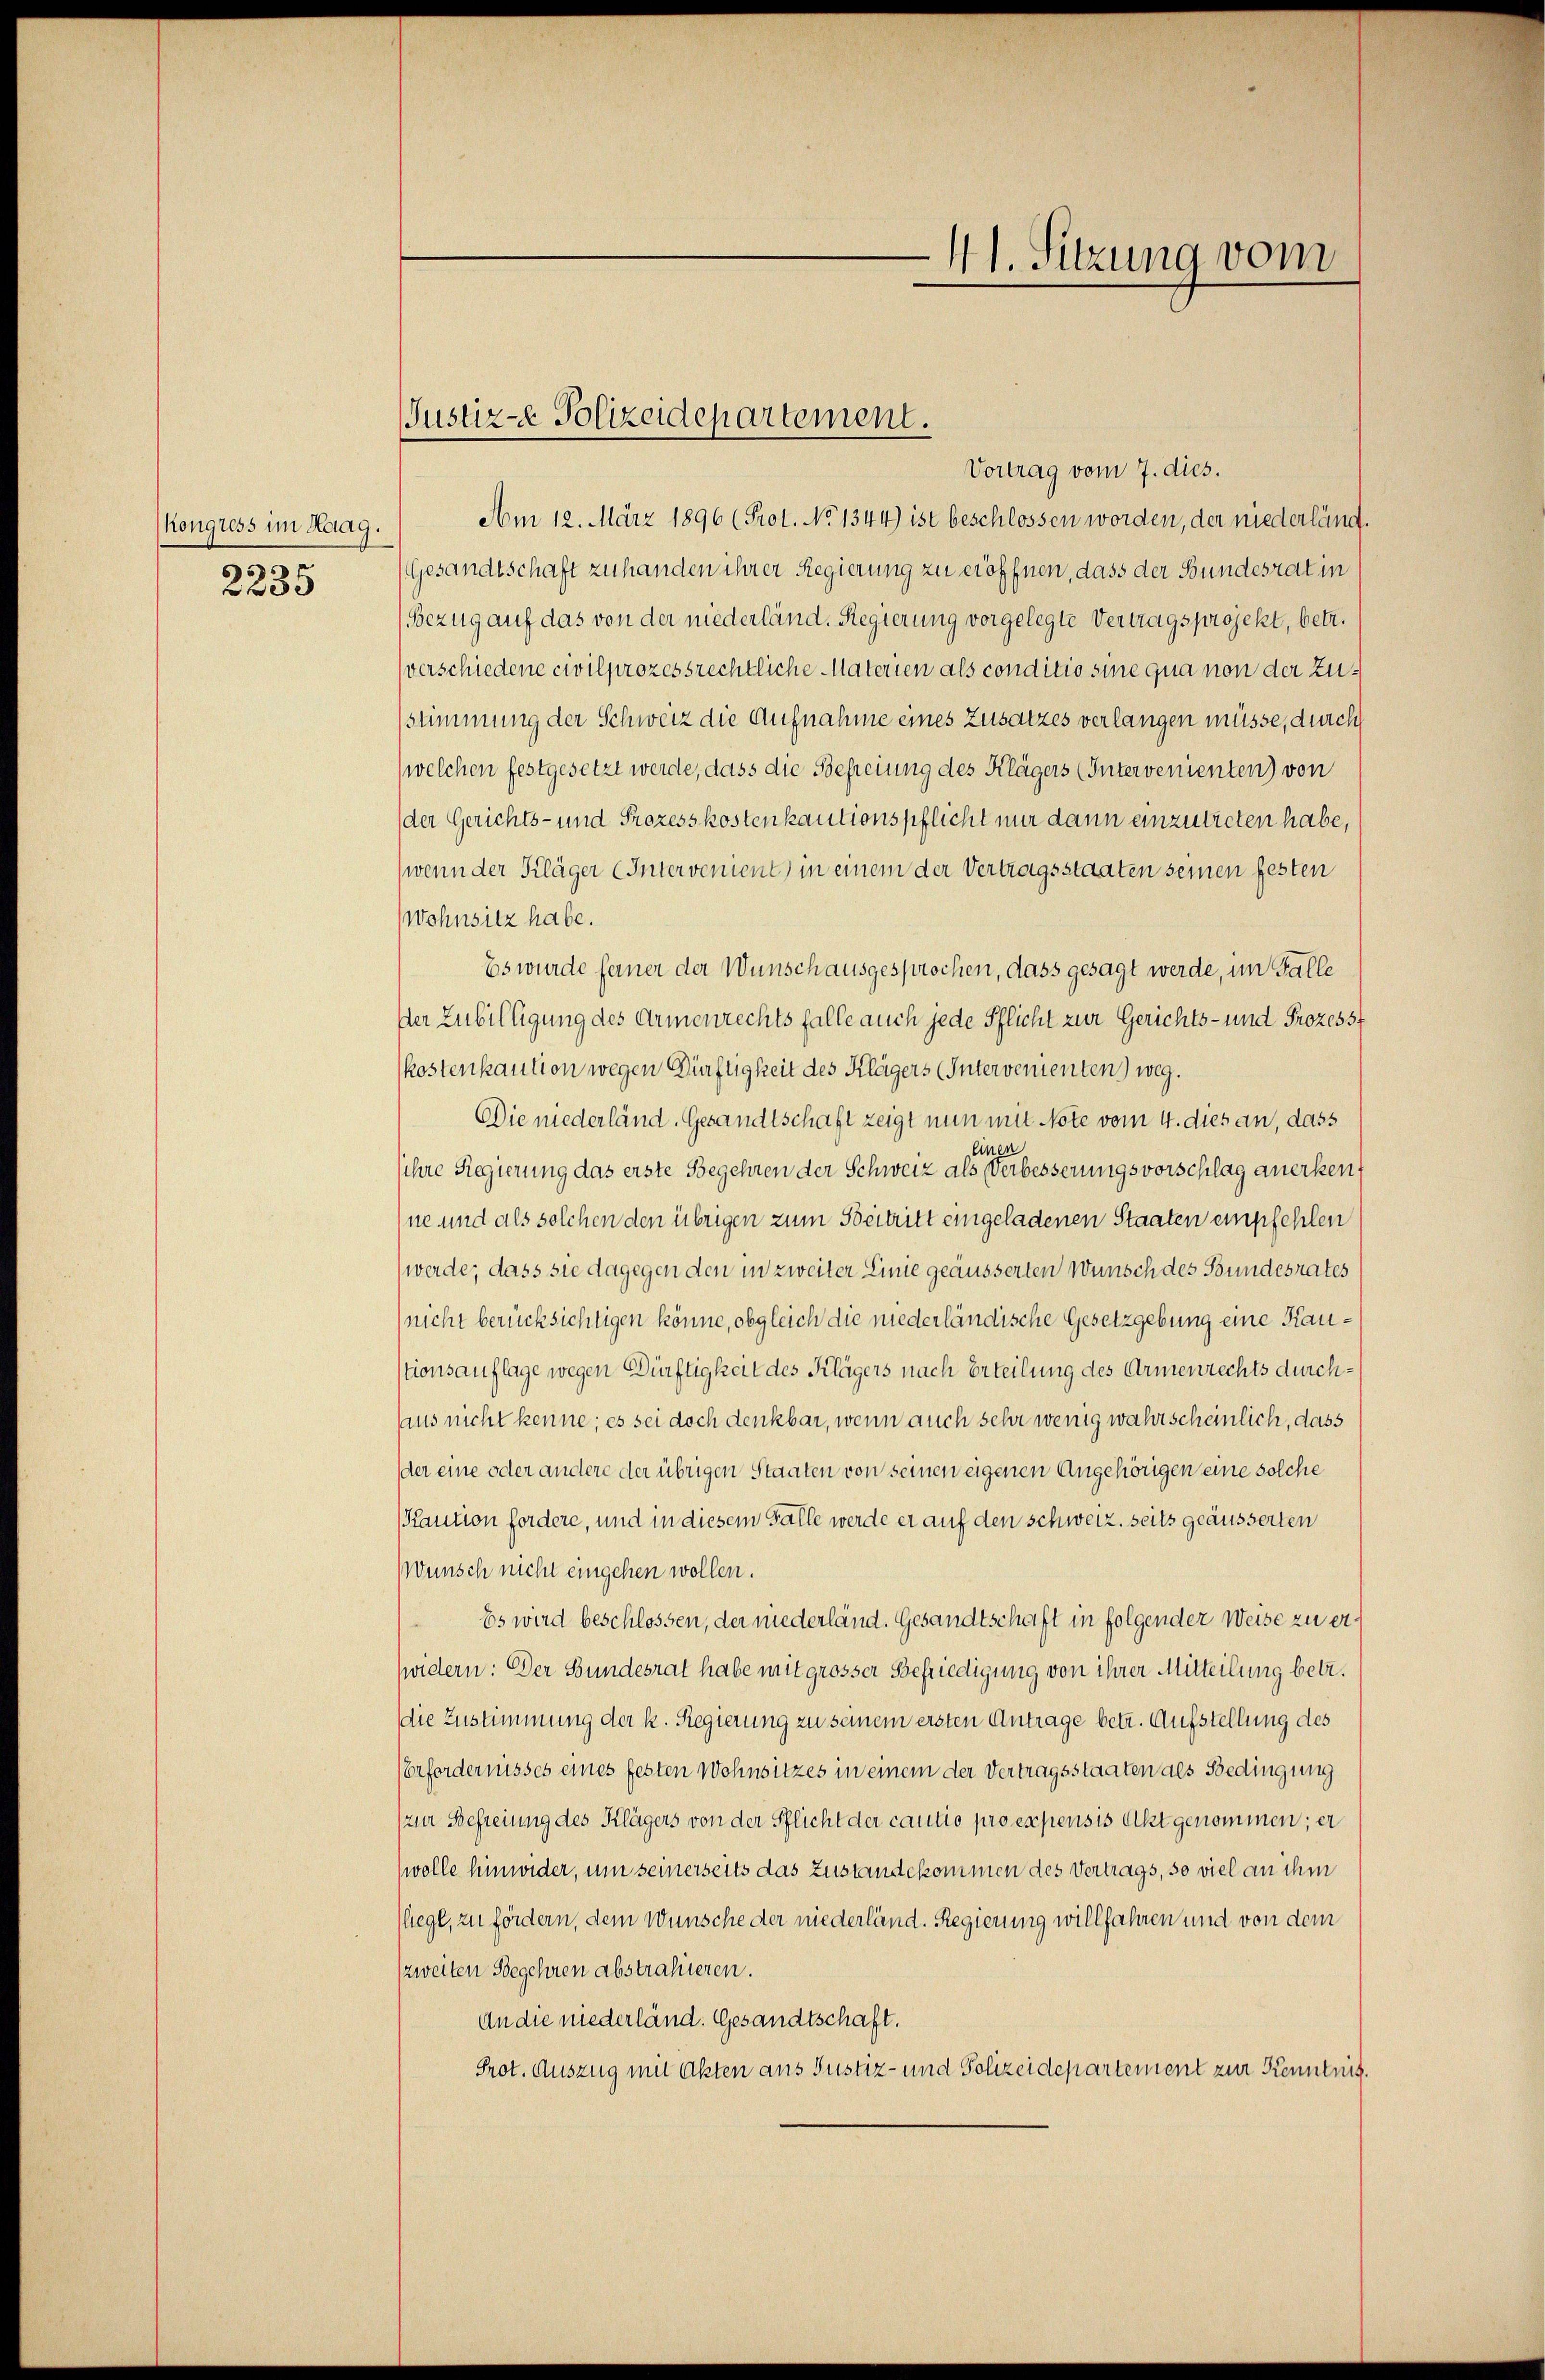
kongress im Haag.
s
2235

Justiz-e Polizeidepartement.

41. Sitzung vom

Vortrag vom 7. dies.
Am 12. März 1896 (Prot. No 1344) ist beschlossen worden, der niederläng¬
Gesandtschaft zu handen ihrer Regierung zu eröffnen, dass der Bundesrat in
Bezug auf das von der niederländ. Regierung vorgelegte Vertragsprojekt, betr.
verschiedene civilprozessrechtliche Materien als conditio sine qua non der Zustimmung der Schweiz die Aufnahme eines Zusatzes verlangen müsse, durch
welchen festgesetzt werde, dass die Befreiung des Klägers (Intervenienten) von
der Gerichts- und Prozesskostenkautionspflicht nur dann einzutreten habe,
wenn der Kläger (Intervenient) in einem der Vertragsstaaten seinen festen
Wohnsitz habe.
Es wurde ferner der Wunsch ausgesprochen, dass gesagt werde, im Falle
ser Zubilligung des Armenrechtsfalle auch jede Pflicht zur Gerichts- und Prozessf
kostenkaution wegen Dürftigkeit des Klägers (Intervenienten) weg.
Die niederländ. Gesandtschaft zeigt nun mit Note vom 4. dies an, dass
einen
sihre Regierung das erste Begehren der Schweiz als Verbesserungsvorschlag anerkenne und als solchen den übrigen zum Beitritt eingeladenen Staaten empfehlen
werde, dass sie dagegen den in zweiter Linie geäusserten Wunsch des Bundesrates
nicht berücksichtigen könne, obgleich die niederländische Gesetzgebung eine Kaustionsauflage wegen Dürftigkeit des Klägers nach Erteilung des Armenrechts durchaus nicht kenne; es sei doch denkbar, wenn auch sehr wenig wahrscheinlich, dass
der eine oder andere der übrigen Staaten von seinen eigenen Angehörigen eine solche
Kaution fordere, und in diesem Falle werde er auf den schweiz, seits geäusserten
Wunsch nicht eingehen wollen.
Es wird beschlossen, der niederländ. Gesandtschaft in folgender Weise zu erwidern: Der Bundesrat habe mit grosser Befriedigung von ihrer Mitteilung betr.
die Zustimmung der k. Regierung zu seinem ersten Antrage betr. Aufstellung des
Erfordernisses eines festen Wohnsitzes in einem der Vertragsstaaten als Bedingung
(zur Befreiung des Klägers von der Pflicht der cautio pro espensis Akt genommen; er
wolle hinwider, um seinerseits das Zustandekommen des Vertrags, so viel an ihm
(liegt, zu fördern, dem Wünsche der niederländ. Regierung willfahren und von dem
zweiten Begehren abstrahieren.
An die niederländ. Gesandtschaft.
Prot. Auszug mit Akten aus Justiz- und Polizeidepartement zur Kenntnis